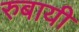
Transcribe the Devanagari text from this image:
रुबायी